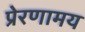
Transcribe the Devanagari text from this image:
प्रेरणामय